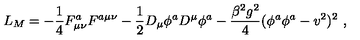
L _ { M } = - \frac { 1 } { 4 } F _ { \mu \nu } ^ { a } F ^ { a \mu \nu } - \frac { 1 } { 2 } D _ { \mu } \phi ^ { a } D ^ { \mu } \phi ^ { a } - \frac { \beta ^ { 2 } g ^ { 2 } } { 4 } ( \phi ^ { a } \phi ^ { a } - v ^ { 2 } ) ^ { 2 } \ ,